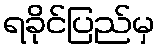
ရခိုင်ပြည်မှ